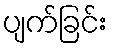
ပျက်ခြင်း